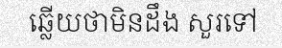
ឆ្លើយថាមិនដឹង សួរទៅ